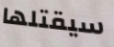
سيقتلها